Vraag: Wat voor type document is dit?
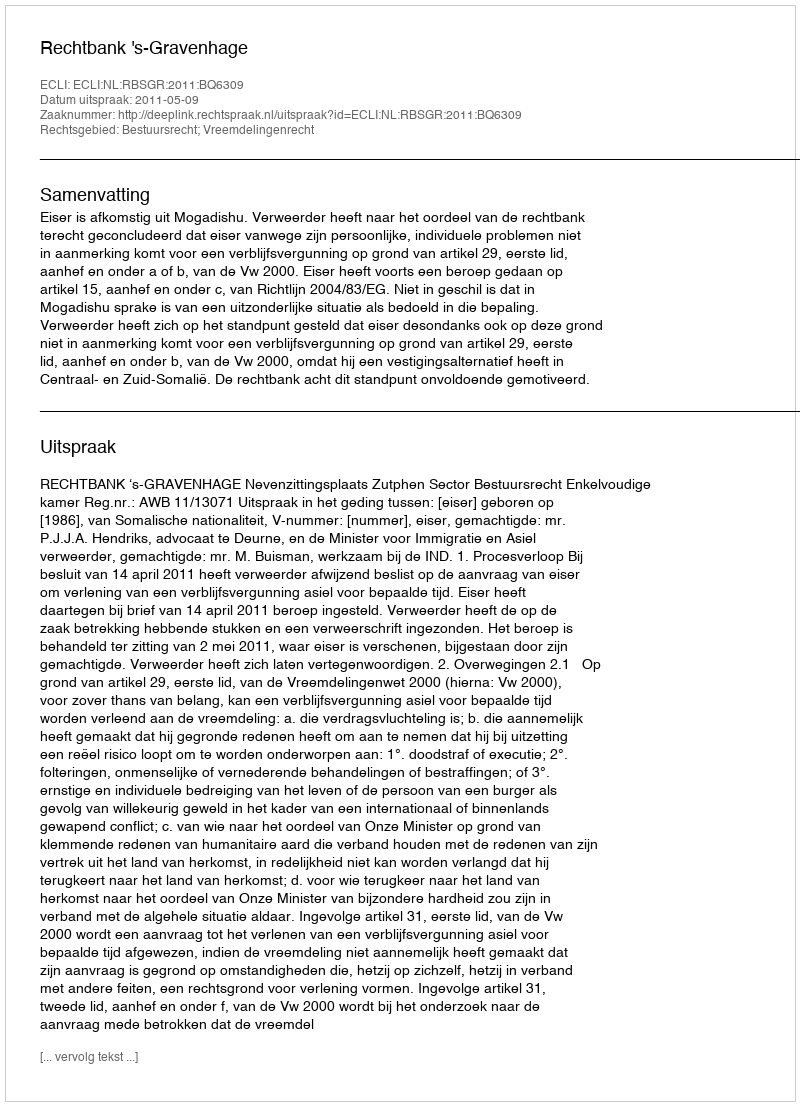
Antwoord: Uitspraak